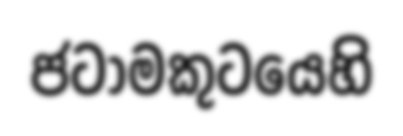
ජටාමකුටයෙහි